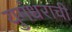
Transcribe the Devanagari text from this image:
युगंधराची